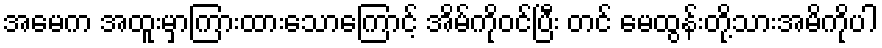
အမေက အထူးမှာကြားထားသောကြောင့် အိမ်ကိုဝင်ပြီး တင် မေထွန်းတို့သားအမိကိုပါ